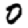
Digit: 0